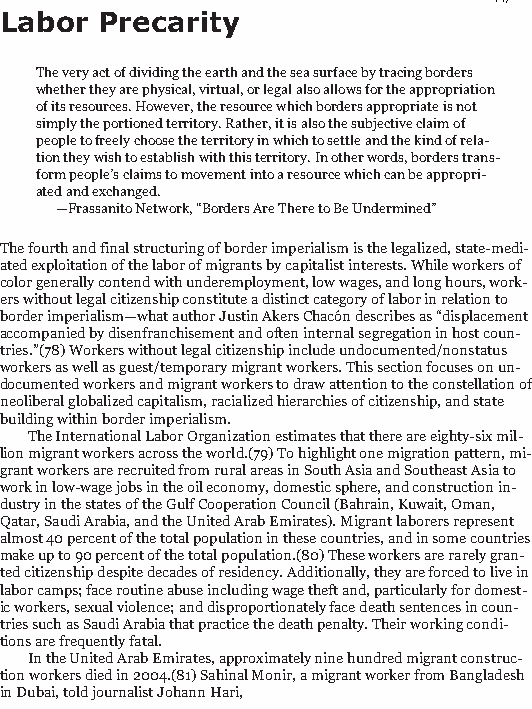
44/186
 Labor Precarity
 The very act of dividing the earth and the sea surface by tracing borders
 whether they are physical, virtual, or legal also allows for the appropriation
 of its resources. However, the resource which borders appropriate is not
 simply the portioned territory. Rather, it is also the subjective claim of
 people to freely choose the territory in which to settle and the kind of rela-
 tion they wish to establish with this territory. In other words, borders trans-
 form people’s claims to movement into a resource which can be appropri-
 ated and exchanged.
 —Frassanito Network, “Borders Are There to Be Undermined”
 The fourth and final structuring of border imperialism is the legalized, state-medi-
 ated exploitation of the labor of migrants by capitalist interests. While workers of
 color generally contend with underemployment, low wages, and long hours, work-
 ers without legal citizenship constitute a distinct category of labor in relation to
 border imperialism—what author Justin Akers Chacón describes as “displacement
 accompanied by disenfranchisement and often internal segregation in host coun-
 tries.”(78) Workers without legal citizenship include undocumented/nonstatus
 workers as well as guest/temporary migrant workers. This section focuses on un-
 documented workers and migrant workers to draw attention to the constellation of
 neoliberal globalized capitalism, racialized hierarchies of citizenship, and state
 building within border imperialism.
 The International Labor Organization estimates that there are eighty-six mil-
 lion migrant workers across the world.(79) To highlight one migration pattern, mi-
 grant workers are recruited from rural areas in South Asia and Southeast Asia to
 work in low-wage jobs in the oil economy, domestic sphere, and construction in-
 dustry in the states of the Gulf Cooperation Council (Bahrain, Kuwait, Oman,
 Qatar, Saudi Arabia, and the United Arab Emirates). Migrant laborers represent
 almost 40 percent of the total population in these countries, and in some countries
 make up to 90 percent of the total population.(80) These workers are rarely gran-
 ted citizenship despite decades of residency. Additionally, they are forced to live in
 labor camps; face routine abuse including wage theft and, particularly for domest-
 ic workers, sexual violence; and disproportionately face death sentences in coun-
 tries such as Saudi Arabia that practice the death penalty. Their working condi-
 tions are frequently fatal.
 In the United Arab Emirates, approximately nine hundred migrant construc-
 tion workers died in 2004.(81) Sahinal Monir, a migrant worker from Bangladesh
 in Dubai, told journalist Johann Hari,